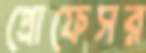
প্রোফেসর